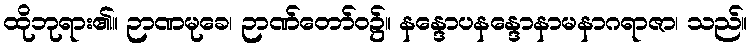
ထိုဘုရား၏။ ဉာဏမုခေ၊ ဉာဏ်တော်ဝ၌။ နန္ဒောပနန္ဒောနာမနာဂရာဇာ၊ သည်။